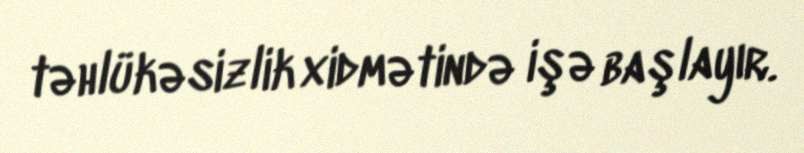
təhlükəsizlik xidmətində işə başlayır.